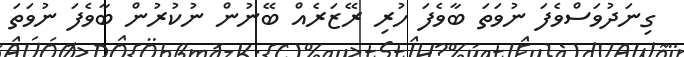
ގިނަދުވަސްވެފަ ނުވަތަ ބާވެފަ ހުރި ރޭޒަރެއް ބޭނުން ނުކުރުން ބާވެފަ ނުވަތަ